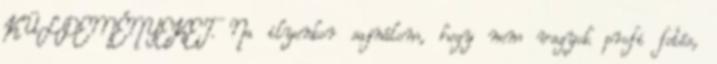
KÜLDEMÉNYEKET. Na ilyenkor sajnálom, hogy nem vagyok profi fotós,